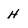
Character: H